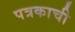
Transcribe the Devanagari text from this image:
पत्रकाची